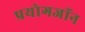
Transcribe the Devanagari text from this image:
प्रयोगजॉन